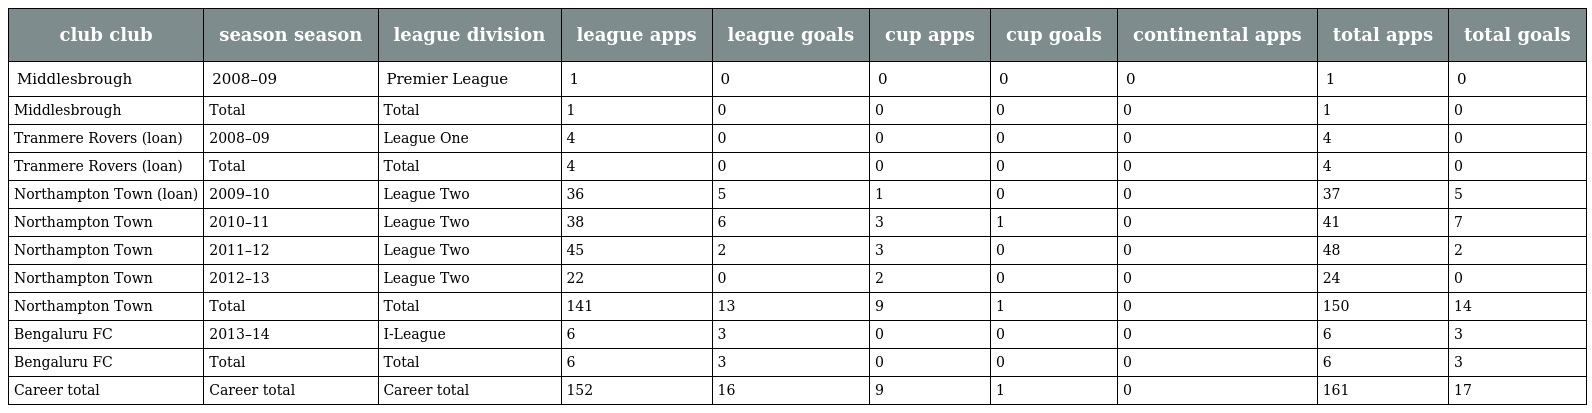
| club club | season season | league division | league apps | league goals | cup apps | cup goals | continental apps | total apps | total goals |
 | --- | --- | --- | --- | --- | --- | --- | --- | --- | --- |
 | Middlesbrough | 2008–09 | Premier League | 1 | 0 | 0 | 0 | 0 | 1 | 0 |
 | Middlesbrough | Total | Total | 1 | 0 | 0 | 0 | 0 | 1 | 0 |
 | Tranmere Rovers (loan) | 2008–09 | League One | 4 | 0 | 0 | 0 | 0 | 4 | 0 |
 | Tranmere Rovers (loan) | Total | Total | 4 | 0 | 0 | 0 | 0 | 4 | 0 |
 | Northampton Town (loan) | 2009–10 | League Two | 36 | 5 | 1 | 0 | 0 | 37 | 5 |
 | Northampton Town | 2010–11 | League Two | 38 | 6 | 3 | 1 | 0 | 41 | 7 |
 | Northampton Town | 2011–12 | League Two | 45 | 2 | 3 | 0 | 0 | 48 | 2 |
 | Northampton Town | 2012–13 | League Two | 22 | 0 | 2 | 0 | 0 | 24 | 0 |
 | Northampton Town | Total | Total | 141 | 13 | 9 | 1 | 0 | 150 | 14 |
 | Bengaluru FC | 2013–14 | I-League | 6 | 3 | 0 | 0 | 0 | 6 | 3 |
 | Bengaluru FC | Total | Total | 6 | 3 | 0 | 0 | 0 | 6 | 3 |
 | Career total | Career total | Career total | 152 | 16 | 9 | 1 | 0 | 161 | 17 |